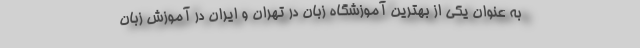
به عنوان یکی از بهترین آموزشگاه زبان در تهران و ایران در آموزش زبان